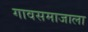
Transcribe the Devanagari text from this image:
गावसमाजाला